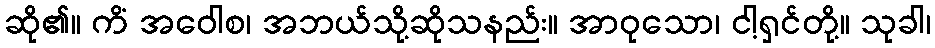
ဆို၏။ ကိံ အဝေါစ၊ အဘယ်သို့ဆိုသနည်း။ အာဝုသော၊ ငါ့ရှင်တို့။ သုခါ၊